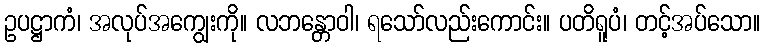
ဥပဋ္ဌာကံ၊ အလုပ်အကျွေးကို။ လဘန္တောဝါ၊ ရသော်လည်းကောင်း။ ပတိရူပံ၊ တင့်အပ်သော။